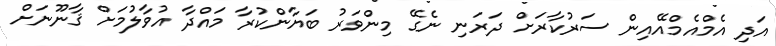
އަދި އެމްއެމްއޭއިން ސަރުކާރަށް ދަރަނި ނެގޭ މިންވަރު ބަޔާންކުރާ މައްދާ އުވާލުމަށް ޤާނޫނަށް